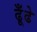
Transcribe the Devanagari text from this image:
ढूँढे